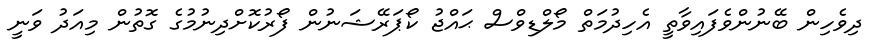
ދިވެހިން ބޭނުންވެފައިވާތީ އެހިދުމަތް މޯލްޑިވްސް ޙައްޖު ކޯޕަރޭޝަނުން ފޯރުކޮށްދިނުމުގެ ގޮތުން މިއަދު ވަނީ